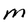
Character: m